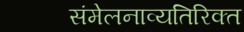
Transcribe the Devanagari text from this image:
संमेलनाव्यतिरिक्त